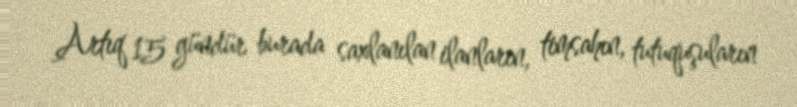
Artıq 15 gündür burada saxlanılan ilanların, timsahın, tutuquşuların